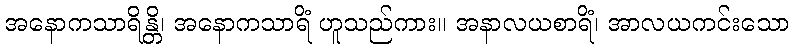
အနောကသာရိန္တိ၊ အနောကသာရိံ ဟူသည်ကား။ အနာလယစာရိံ၊ အာလယကင်းသော